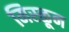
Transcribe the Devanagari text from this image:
मिस्ळून